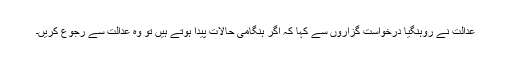
عدالت نے روہنگیا درخواست گزاروں سے کہا کہ اگر ہنگامی حالات پیدا ہوتے ہیں تو وہ عدالت سے رجوع کریں۔